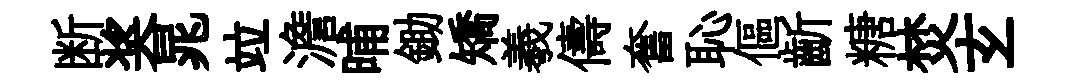
断奖晁竝澹晡鋤矯羲儔奮恥傴齗糖焚𤣥